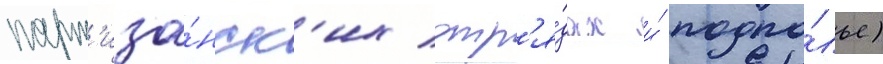
парт'иза́нск'их отр'я́дах и́ подпо́лье)